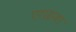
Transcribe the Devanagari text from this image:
एराइजा